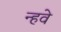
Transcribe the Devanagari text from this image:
न्हवे